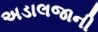
અડાલજાની